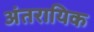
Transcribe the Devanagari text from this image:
अंतरायिक